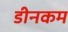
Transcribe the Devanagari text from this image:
डीनकम